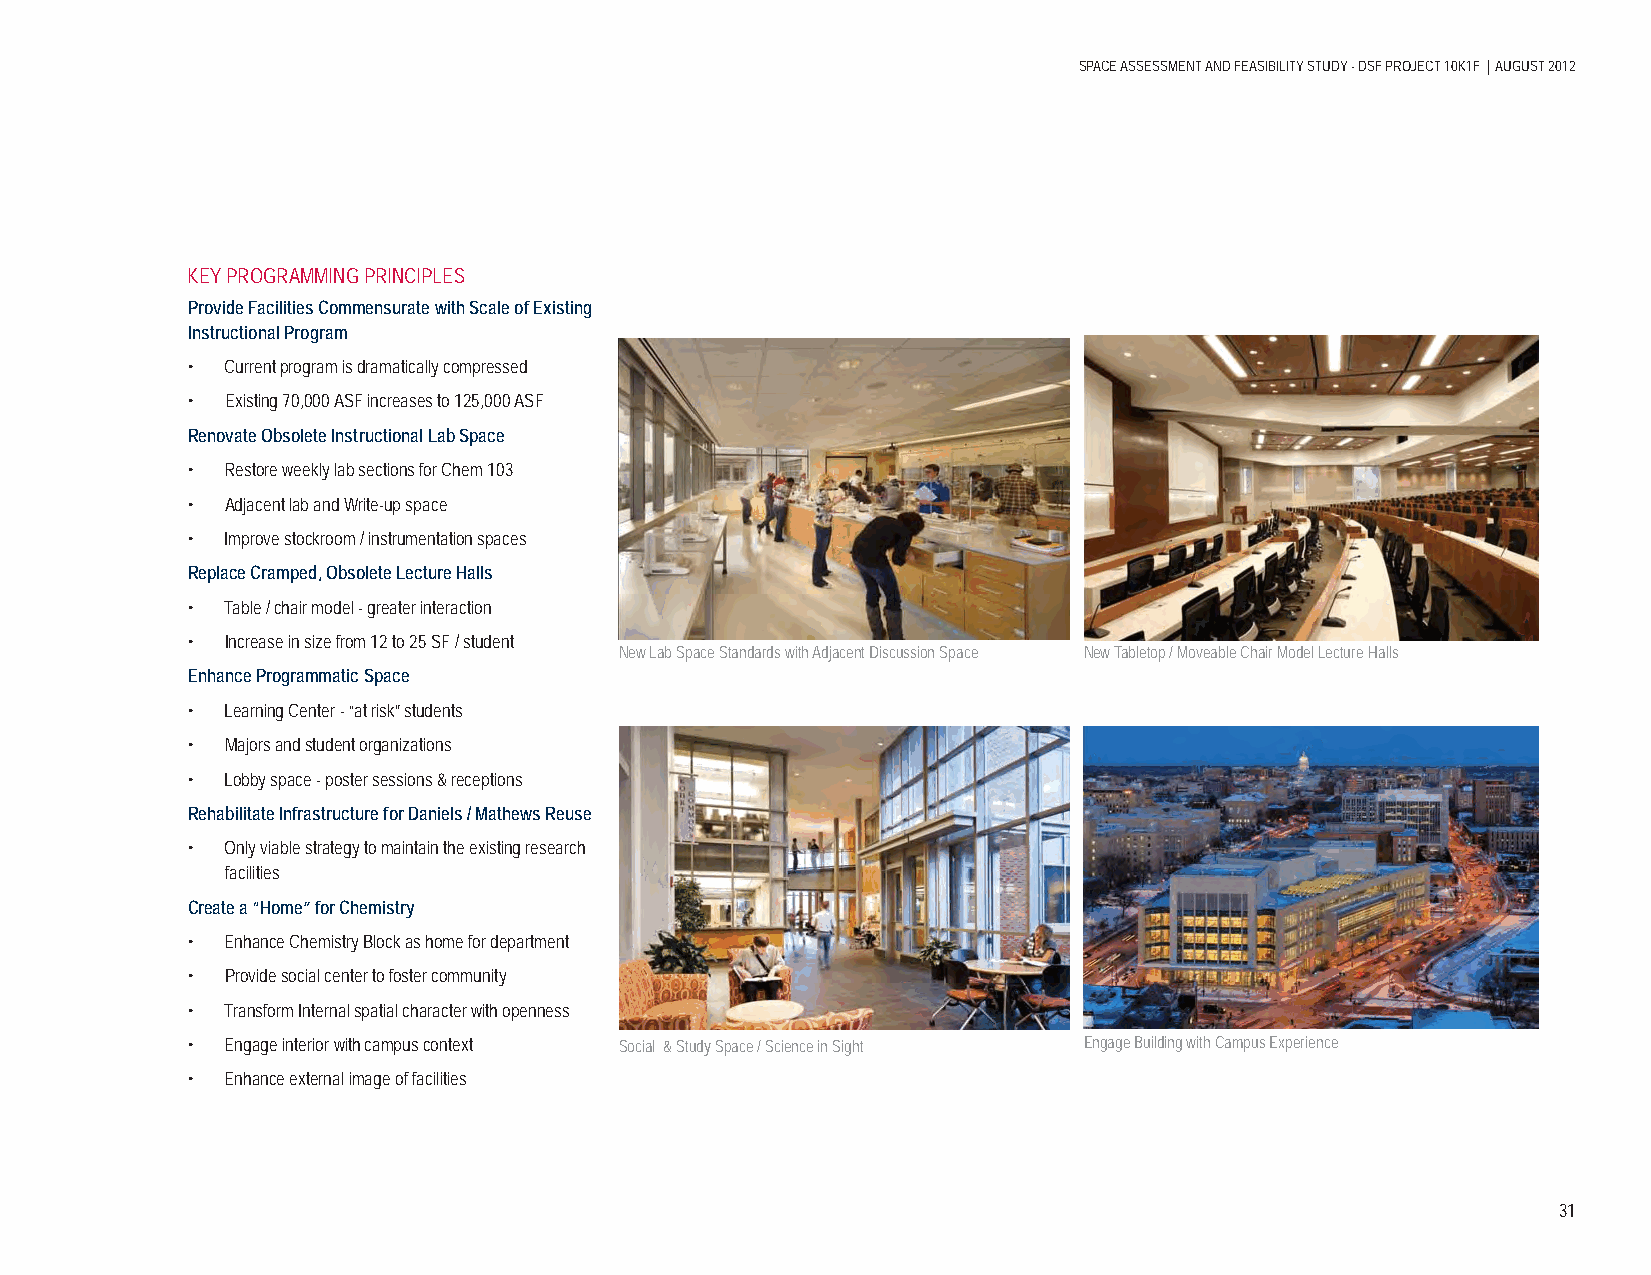
SPACE ASSESSMENT AND FEASIBILITY STUDY - DSF PROJECT 10K1F | AUGUST 2012
 KEY PROGRAMMING PRINCIPLES
 Provide Facilities Commensurate with Scale of Existing
 Instructional Program
 •  Current program is dramatically compressed
 •  Existing 70,000 ASF increases to 125,000 ASF
 Renovate Obsolete Instructional Lab Space
 •  Restore weekly lab sections for Chem 103
 •  Adjacent lab and Write-up space
 •  Improve stockroom / instrumentation spaces
 Replace Cramped, Obsolete Lecture Halls
 •  Table / chair model - greater interaction
 •  Increase in size from 12 to 25 SF / student
 New Lab Space Standards with Adjacent Discussion Space New Tabletop / Moveable Chair Model Lecture Halls
 Enhance Programmatic Space
 •  Learning Center - “at risk” students
 •  Majors and student organizations
 •  Lobby space - poster sessions & receptions
 Rehabilitate Infrastructure for Daniels / Mathews Reuse
 •  Only viable strategy to maintain the existing research
 facilities
 Create a “Home” for Chemistry
 •  Enhance Chemistry Block as home for department
 •  Provide social center to foster community
 •  Transform Internal spatial character with openness
 •  Engage interior with campus context Social & Study Space / Science in Sight Engage Building with Campus Experience
 •  Enhance external image of facilities
 31